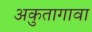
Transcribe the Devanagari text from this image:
अकुतागावा